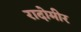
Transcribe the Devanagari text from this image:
रादोमीर